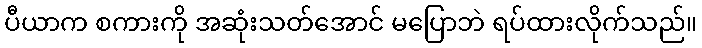
ပီယာက စကားကို အဆုံးသတ်အောင် မပြောဘဲ ရပ်ထားလိုက်သည်။